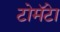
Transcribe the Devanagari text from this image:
टोमॅटेा